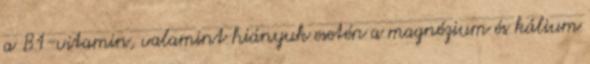
a B1-vitamin, valamint hiányuk esetén a magnézium és kálium